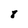
Character: 8